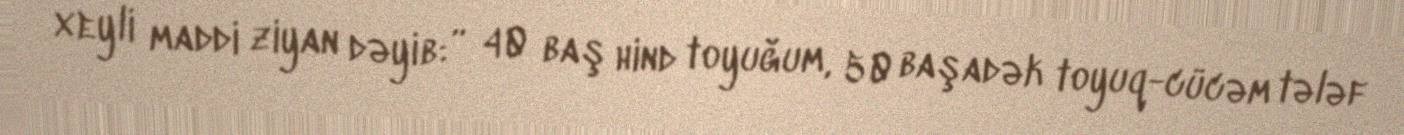
xeyli maddi ziyan dəyib:” 40 baş hind toyuğum, 50 başadək toyuq-cücəm tələf